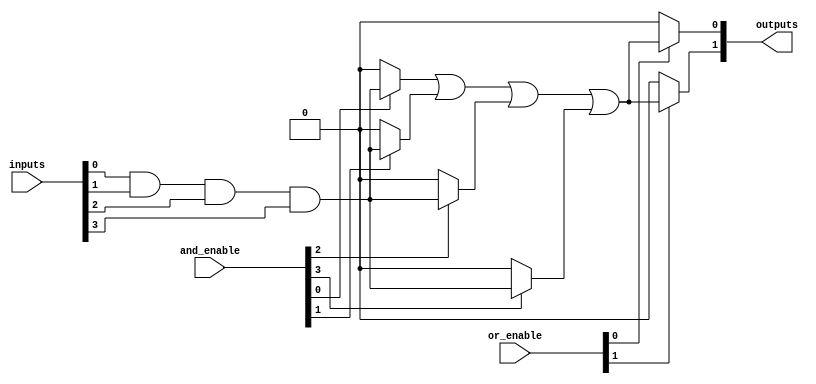
module PLA #(
    parameter NUM_INPUTS = 4,      // Number of input signals
    parameter NUM_OUTPUTS = 2,     // Number of output signals
    parameter MAX_PRODUCT_TERMS = 4 // Maximum number of product terms
)(
    input wire [NUM_INPUTS-1:0] inputs, // Input signals
    input wire [MAX_PRODUCT_TERMS-1:0] and_enable, // Enable signals for AND terms
    input wire [NUM_OUTPUTS-1:0] or_enable, // Enable signals for OR outputs
    output wire [NUM_OUTPUTS-1:0] outputs // Output signals
);

    // Internal wires for product terms
    wire [MAX_PRODUCT_TERMS-1:0] product_terms;

    // AND Array: Generate product terms based on input signals and enable signals
    genvar i, j;
    generate
        for (i = 0; i < MAX_PRODUCT_TERMS; i = i + 1) begin : and_array
            assign product_terms[i] = (and_enable[i]) ? 
                (inputs[0] & inputs[1] & inputs[2] & inputs[3]) : 1'b0; // Example: AND all inputs
        end
    endgenerate

    // OR Array: Combine product terms based on output enable signals
    generate
        for (j = 0; j < NUM_OUTPUTS; j = j + 1) begin : or_array
            assign outputs[j] = (or_enable[j]) ? 
                (product_terms[0] | product_terms[1] | product_terms[2] | product_terms[3]) : 1'b0; // Example: OR all product terms
        end
    endgenerate

endmodule